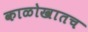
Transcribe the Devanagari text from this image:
काळोखातच